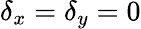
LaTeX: \delta_{x}=\delta_{y}=0